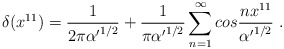
\begin{align*}\delta (x^{11}) = {1 \over 2 \pi {\alpha'}^{1/2}} + {1 \over \pi {\alpha'}^{1/2}} \sum_{n=1}^{\infty} cos{n x^{11} \over {\alpha'}^{1/2}} \ . \end{align*}